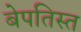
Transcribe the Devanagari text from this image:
बेपतिस्त